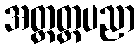
အတ္တတ္ထပညာ